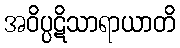
အဝိပ္ပဋိသာရာယာတိ